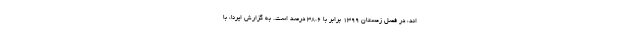
اند، در فصل زمستان ١٣٩٩ برابر با ۳۸.۶ درصد است. به گزارش ایرنا، با